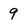
Character: 9